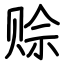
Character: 赊